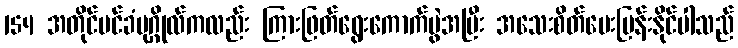
154 အတိုင်ပင်ခံပုဂ္ဂိုလ်ကလည်း ကြားဖြတ်ရွေးကောက်ပွဲအပြီး အသေးစိတ်မေးမြန်းနိုင်ပါသည်